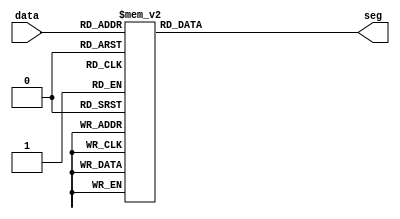
module hex_to_seg (
	input [3:0]data,

	output reg [7:0]seg
);


always @(*) begin
	case(data)
		4'h0: seg = 8'b11111100;
		4'h1: seg = 8'b01100000;
		4'h2: seg = 8'b11011010;
		4'h3: seg = 8'b11110010;
		4'h4: seg = 8'b01100110;
		4'h5: seg = 8'b10110110;
		4'h6: seg = 8'b10111110;
		4'h7: seg = 8'b11100000;
		4'h8: seg = 8'b11111110;
		4'h9: seg = 8'b11110110;
		4'hA: seg = 8'b11101110;
		4'hB: seg = 8'b00111110;
		4'hC: seg = 8'b10011100;
		4'hD: seg = 8'b01111010;
		4'hE: seg = 8'b10011110;
		4'hF: seg = 8'b10001110;
	endcase
end

endmodule